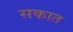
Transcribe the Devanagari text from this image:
सकात